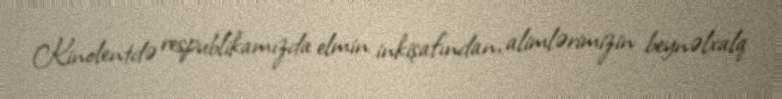
Kinolentdə respublikamızda elmin inkişafından, alimlərimizin beynəlxalq